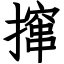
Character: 撺